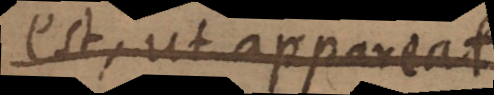
est, ut appareat